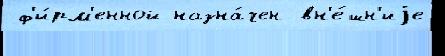
 ф'и́рм'енной назна́чен вн'е́шн'иjе